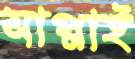
সাপ্লাই